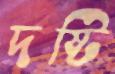
দষ্টি